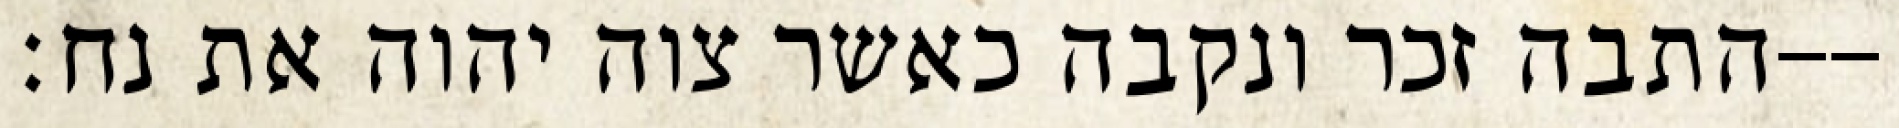
התבה זכר ונקבה כאשר צוה יהוה את נח׃--